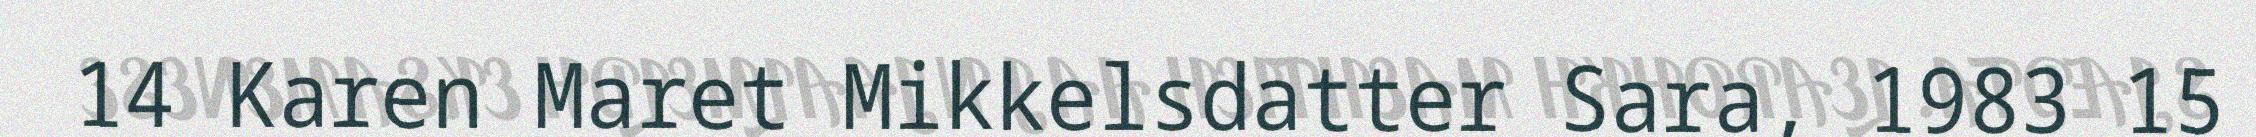
14 Karen Maret Mikkelsdatter Sara, 1983 15